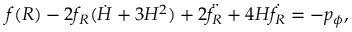
f ( R ) - 2 f _ { R } ( \dot { H } + 3 H ^ { 2 } ) + 2 \ddot { f _ { R } } + 4 H \dot { f _ { R } } = - p _ { \phi } ,